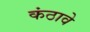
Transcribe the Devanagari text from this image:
कंठावे